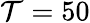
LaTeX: \mathcal{T}=50